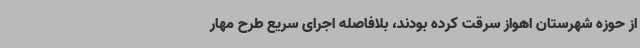
از حوزه شهرستان اهواز سرقت کرده بودند، بلافاصله اجرای سریع طرح مهار